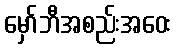
မှော်ဘီအစည်းအဝေး